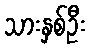
သားနှစ်ဦး